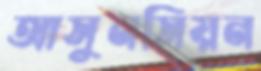
আসুনসিয়ন